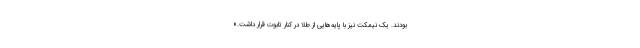
بودند. یک نیمکت نیز با پایه‌هایی از طلا در کنار تابوت قرار داشت.»